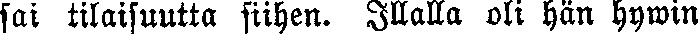
sai tilaisuutta siihen. Illalla oli hän hywin